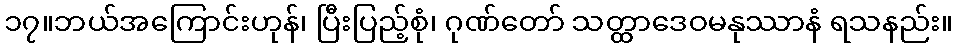
၁၇။ဘယ်အကြောင်းဟုန်၊ ပြီးပြည့်စုံ၊ ဂုဏ်တော် သတ္ထာဒေဝမနုဿာနံ ရသနည်း။